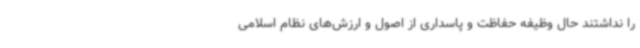
را نداشتند حال وظیفه حفاظت و پاسداری از اصول و ارزش‌های نظام اسلامی